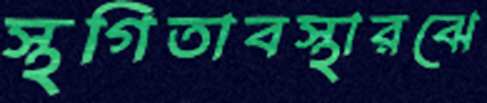
স্থগিতাবস্থারঝে